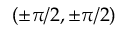
( \pm \pi / 2 , \pm \pi / 2 )